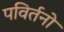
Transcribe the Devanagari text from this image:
पविर्तनों